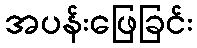
အပန်းဖြေခြင်း